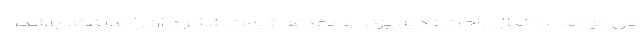
می‌خواهد با خیال راحت تکیه بزند و دغدغه قیمت شکر و ارز را نداشته باشد،